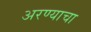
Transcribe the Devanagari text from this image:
अरण्याचा